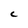
Character: C